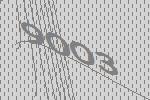
9003